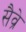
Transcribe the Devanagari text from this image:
सैव्रे